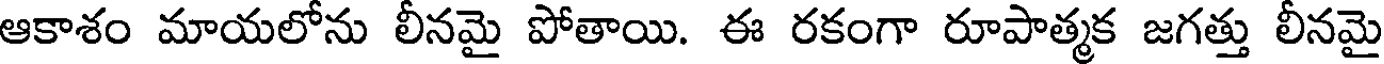
ఆకాశం మాయలోను లీనమై పోతాయి. ఈ రకంగా రూపాత్మక జగత్తు లీనమై